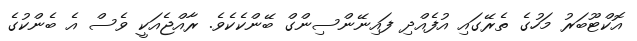
އޮކްޓޫބަރު މަހުގެ ތެރޭގައި އުފެއްދި ފައިނޭންސިންގް ބޭންކެކެވެ. ރާއްޖެއަކީ ވެސް އެ ބެންކުގެ